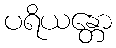
ပရိယန္တော